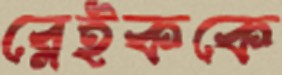
ব্লেইককে